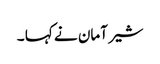
شیر آمان نے کہا ۔